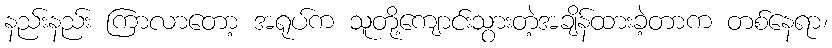
နည်းနည်း ကြာလာတော့ အရုပ်က သူတို့ကျောင်းသွားတဲ့အချိန်ထားခဲ့တာက တစ်နေရာ၊